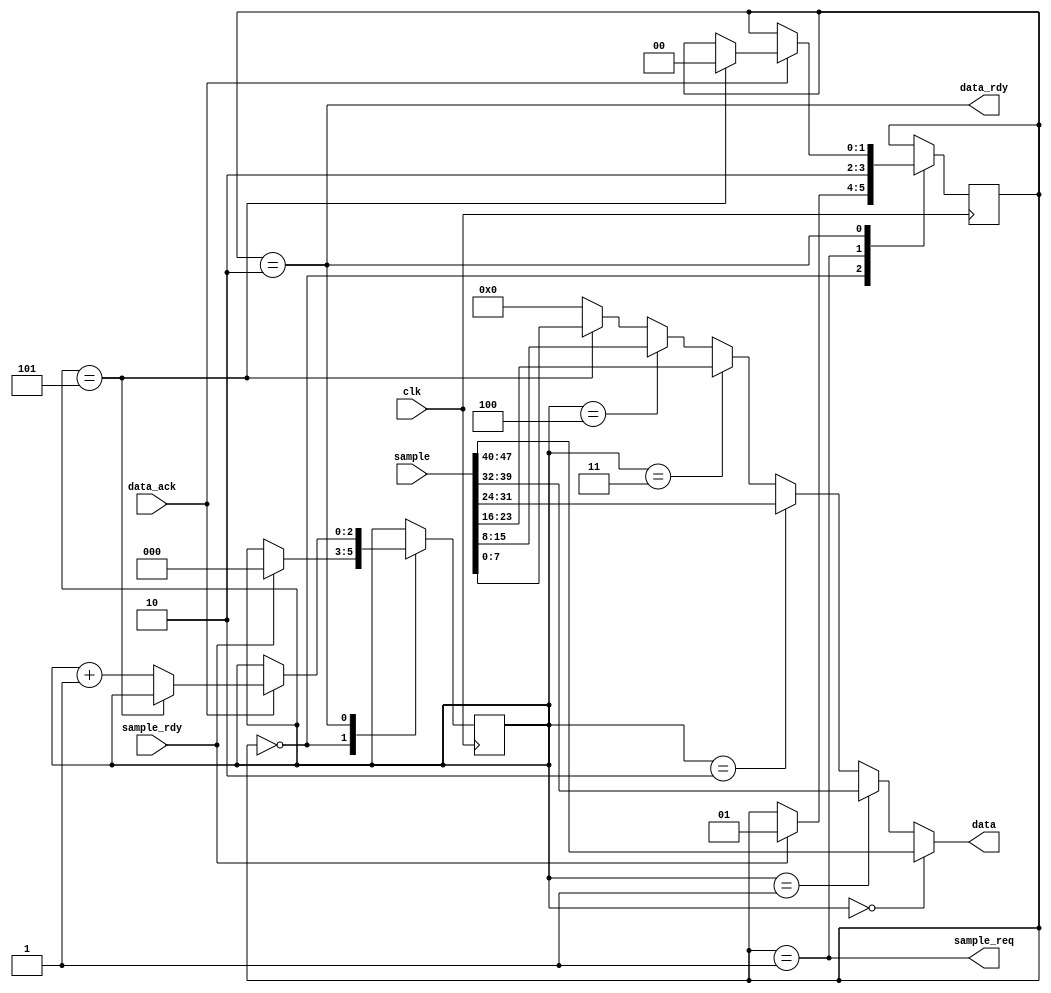
module sample_multiplexer(
	clk,
	sample, sample_rdy, sample_req,
	data, data_rdy, data_ack
);

input clk;
input [47:0] sample;
input sample_rdy;
output sample_req;

input data_ack;
output [7:0] data;
output data_rdy;

wire [7:0] data;

reg [1:0] state;
reg [2:0] byte_idx;

initial state = 0;

always @(posedge clk)
case (state)
	0:				// Wait for sample to become available
		if (sample_rdy)
		begin
			state <= 1;
			byte_idx <= 0;
		end

	1:				// Request a record from the fifo
		state <= 2;
		
	2:				// Send bytes
		if (data_ack)
		begin
			if (byte_idx == 3'd5)
				state <= 0;
			else
				byte_idx <= byte_idx + 3'd1;
		end
endcase

assign data[7:0] = 
	(byte_idx == 3'd0) ? sample[47:40] :
	(byte_idx == 3'd1) ? sample[39:32] :
	(byte_idx == 3'd2) ? sample[31:24] :
	(byte_idx == 3'd3) ? sample[23:16] :
	(byte_idx == 3'd4) ? sample[15:8] :
	(byte_idx == 3'd5) ? sample[7:0] :
	8'b0;

assign data_rdy = (state == 2);
assign sample_req = (state == 1);

endmodule